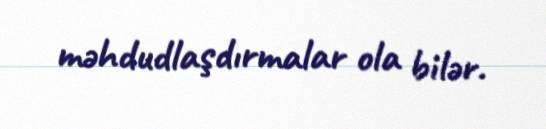
məhdudlaşdırmalar ola bilər.